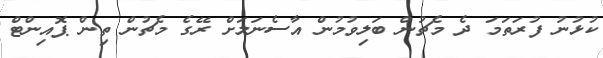
ކުޅުނު ފުރަތަމަ ދެ މެޗުން ބަލިވުުމުން އާސެނަލަށް ރޭގެ މެޗުން ތިން ޕޮއިންޓް